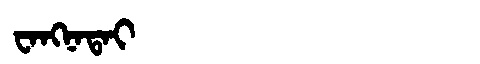
Manchu: ᠸᠠᠩᠨᠠᡨᠠᡳ
Romanization: WANGNATAI